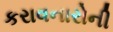
કરાવનારોની